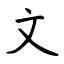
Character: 文